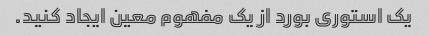
یک استوری بورد از یک مفهوم معین ایجاد کنید.